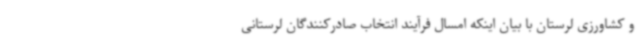
و کشاورزی لرستان با بیان اینکه امسال فرآیند انتخاب صادرکنندگان لرستانی